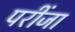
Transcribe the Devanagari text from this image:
परींजा